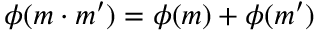
\phi ( m \cdot m ^ { \prime } ) = \phi ( m ) + \phi ( m ^ { \prime } )